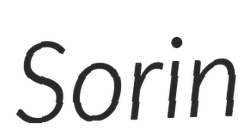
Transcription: Sorin